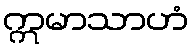
ဣမာသာဟံ